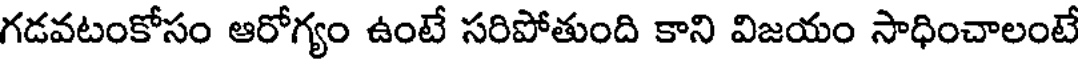
గడవటంకోసం ఆరోగ్యం ఉంటే సరిపోతుంది కాని విజయం సాధించాలంటే